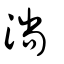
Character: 淌